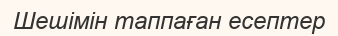
Шешімін таппаған есептер